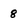
Character: 8